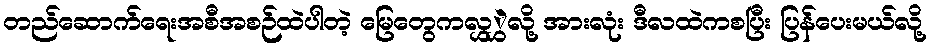
တည်ဆောက်ရေးအစီအစဉ်ထဲပါတဲ့ မြေတွေကလွှွှဲလို့ အားလုံး ဒီလထဲကစပြီး ပြန်ပေးမယ်လို့